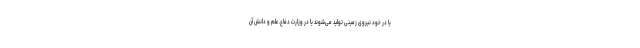
یا در خود نیروی زمینی تولید می‌شوند یا در وزارت دفاع. علم و دانش آن